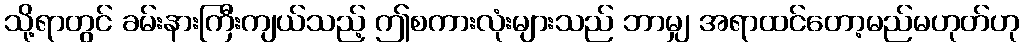
သို့ရာတွင် ခမ်းနားကြီးကျယ်သည့် ဤစကားလုံးများသည် ဘာမျှ အရာထင်တော့မည်မဟုတ်ဟု